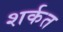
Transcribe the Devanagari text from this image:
शर्कत